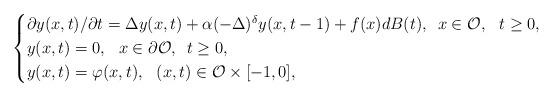
LaTeX: \begin{align*}\begin{cases}\partial y(x, t)/\partial t = \Delta y(x, t) + \alpha (-\Delta)^{\delta}y(x, t-1) + f(x)dB(t), \,\,\,x\in {\cal O},\,\,\,\, t\ge 0,\\y(x, t) =0,\,\,\,\,x\in \partial{\cal O},\,\,\,t\ge 0,\\y(x, t) =\varphi(x, t),\,\,\,\,(x, t)\in {\cal O}\times [-1, 0],\end{cases}\end{align*}